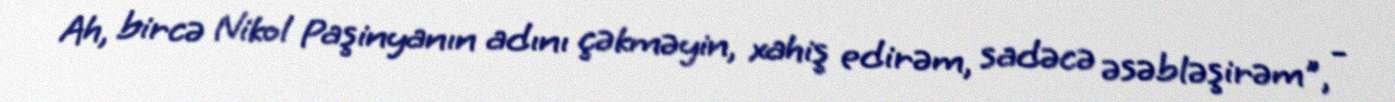
Ah, bircə Nikol Paşinyanın adını çəkməyin, xahiş edirəm, sadəcə əsəbləşirəm", -